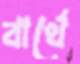
বার্থে